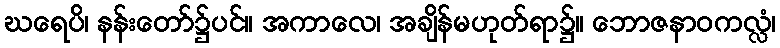
ဃရေပိ၊ နန်းတော်၌ပင်။ အကာလေ၊ အချိန်မဟုတ်ရာ၌။ ဘောဇနာဝကလ္လံ၊